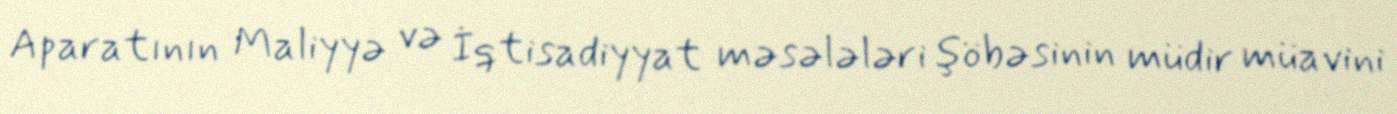
Aparatının Maliyyə və İqtisadiyyat məsələləri şöbəsinin müdir müavini